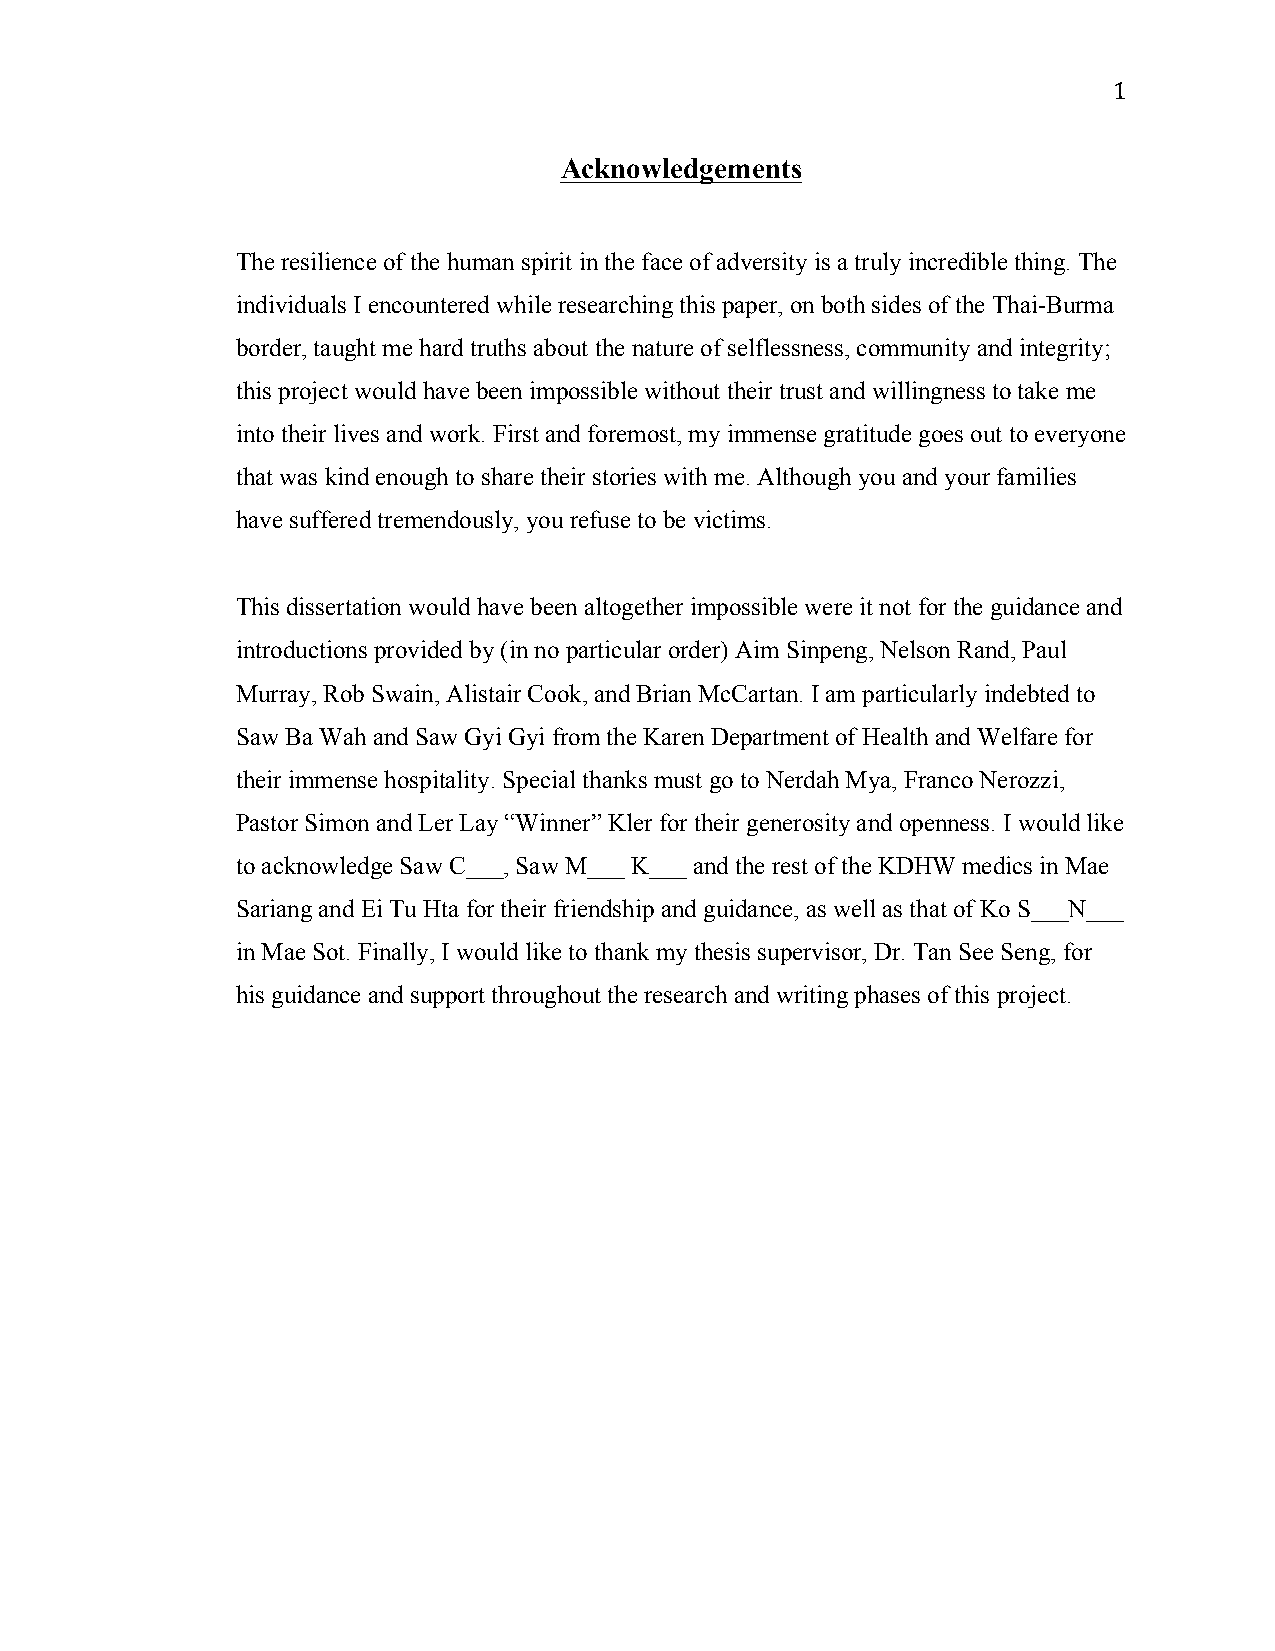
1
 Acknowledgements
 The resilience of the human spirit in the face of adversity is a truly incredible thing. The
 individuals I encountered while researching this paper, on both sides of the Thai-Burma
 border, taught me hard truths about the nature of selflessness, community and integrity;
 this project would have been impossible without their trust and willingness to take me
 into their lives and work. First and foremost, my immense gratitude goes out to everyone
 that was kind enough to share their stories with me. Although you and your families
 have suffered tremendously, you refuse to be victims.
 This dissertation would have been altogether impossible were it not for the guidance and
 introductions provided by (in no particular order) Aim Sinpeng, Nelson Rand, Paul
 Murray, Rob Swain, Alistair Cook, and Brian McCartan. I am particularly indebted to
 Saw Ba Wah and Saw Gyi Gyi from the Karen Department of Health and Welfare for
 their immense hospitality. Special thanks must go to Nerdah Mya, Franco Nerozzi,
 Pastor Simon and Ler Lay “Winner” Kler for their generosity and openness. I would like
 to acknowledge Saw C___, Saw M___ K___ and the rest of the KDHW medics in Mae
 Sariang and Ei Tu Hta for their friendship and guidance, as well as that of Ko S___N___
 in Mae Sot. Finally, I would like to thank my thesis supervisor, Dr. Tan See Seng, for
 his guidance and support throughout the research and writing phases of this project.